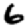
Digit: 6